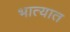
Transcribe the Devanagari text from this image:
भात्यात